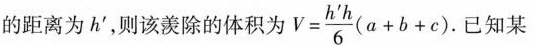
的距离为h^{\prime}，则该羡除的体积为 $$V = \frac { h ^ { \prime } h } { 6 }